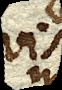
vis